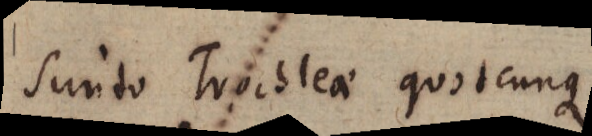
Sunto Trochleae quotcunque